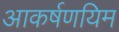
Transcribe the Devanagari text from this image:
आकर्षणयिम